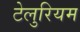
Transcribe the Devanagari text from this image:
टेलुरियम